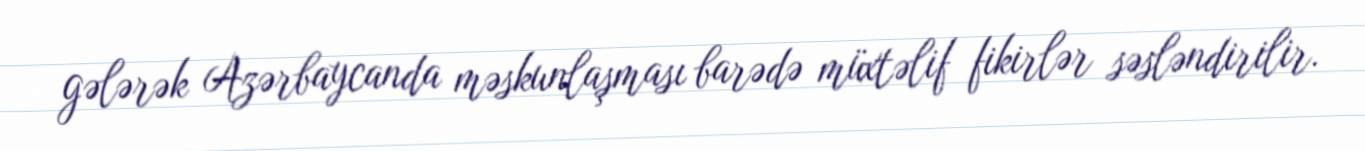
gələrək Azərbaycanda məskunlaşması barədə müxtəlif fikirlər səsləndirilir.